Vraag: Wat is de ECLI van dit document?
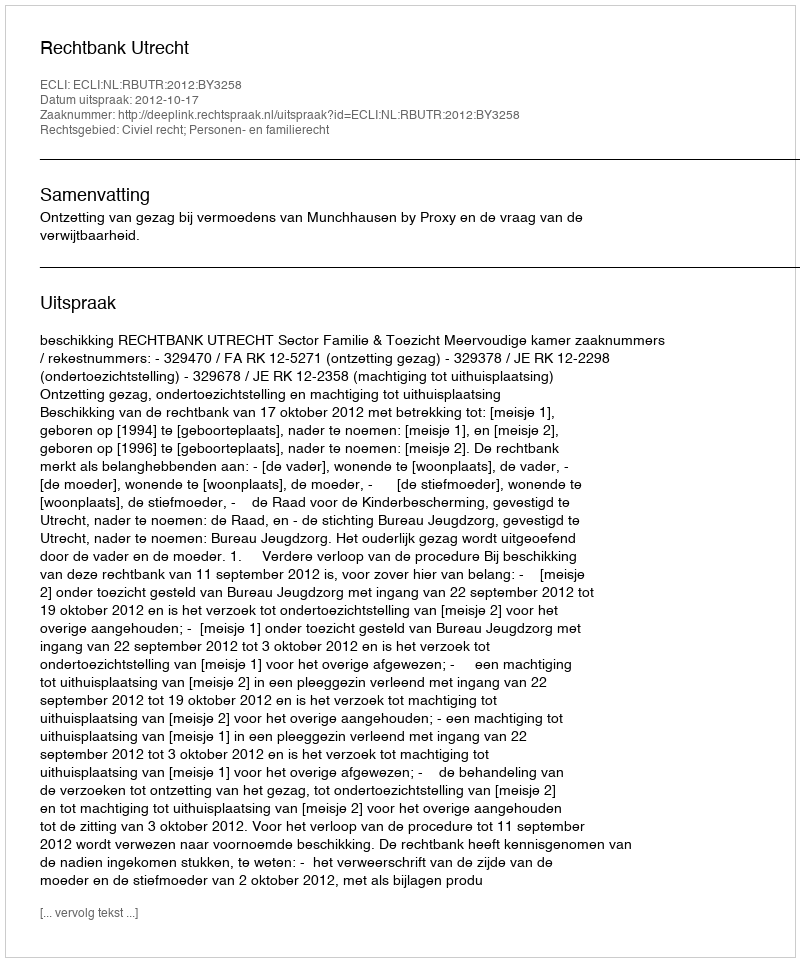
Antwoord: ECLI:NL:RBUTR:2012:BY3258